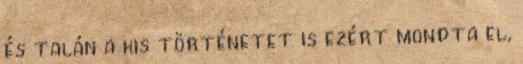
és talán a kis történetet is ezért mondta el,